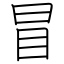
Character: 冒